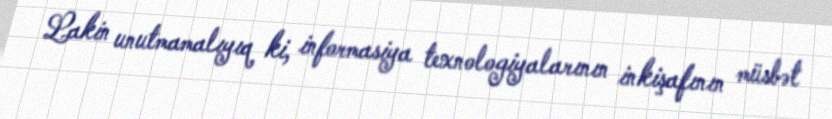
Lakin unutmamalıyıq ki, informasiya texnologiyalarının inkişafının müsbət